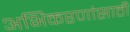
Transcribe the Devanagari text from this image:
अभिकरणांसाठी